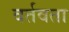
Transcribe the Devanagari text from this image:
वर्तवता